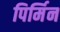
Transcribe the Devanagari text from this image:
पिर्मिन